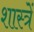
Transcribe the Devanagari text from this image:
शास्त्रें